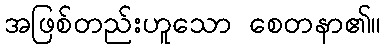
အဖြစ်တည်းဟူသော စေတနာ၏။